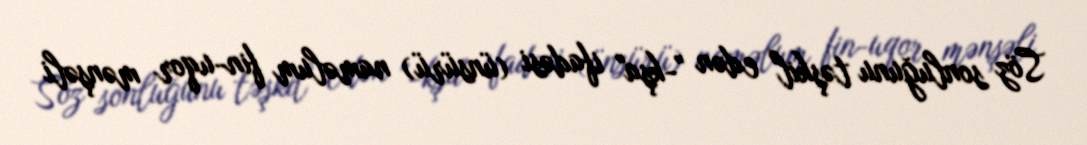
Söz sonluğunu təşkil edən "-kşa" ifadəsi (ünsürü) naməlum fin-uqor mənşəli